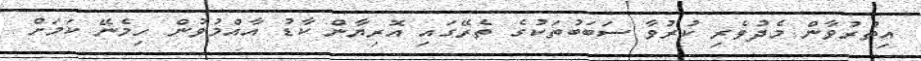
އިތުރުވާން މެދުވެރި ކުރުވާ ސަބަބުތަކުގެ ތެރޭގައި އޮރިޔާން ކާޑު އާއްމުވުން ހިމެނޭ ކަމަށް